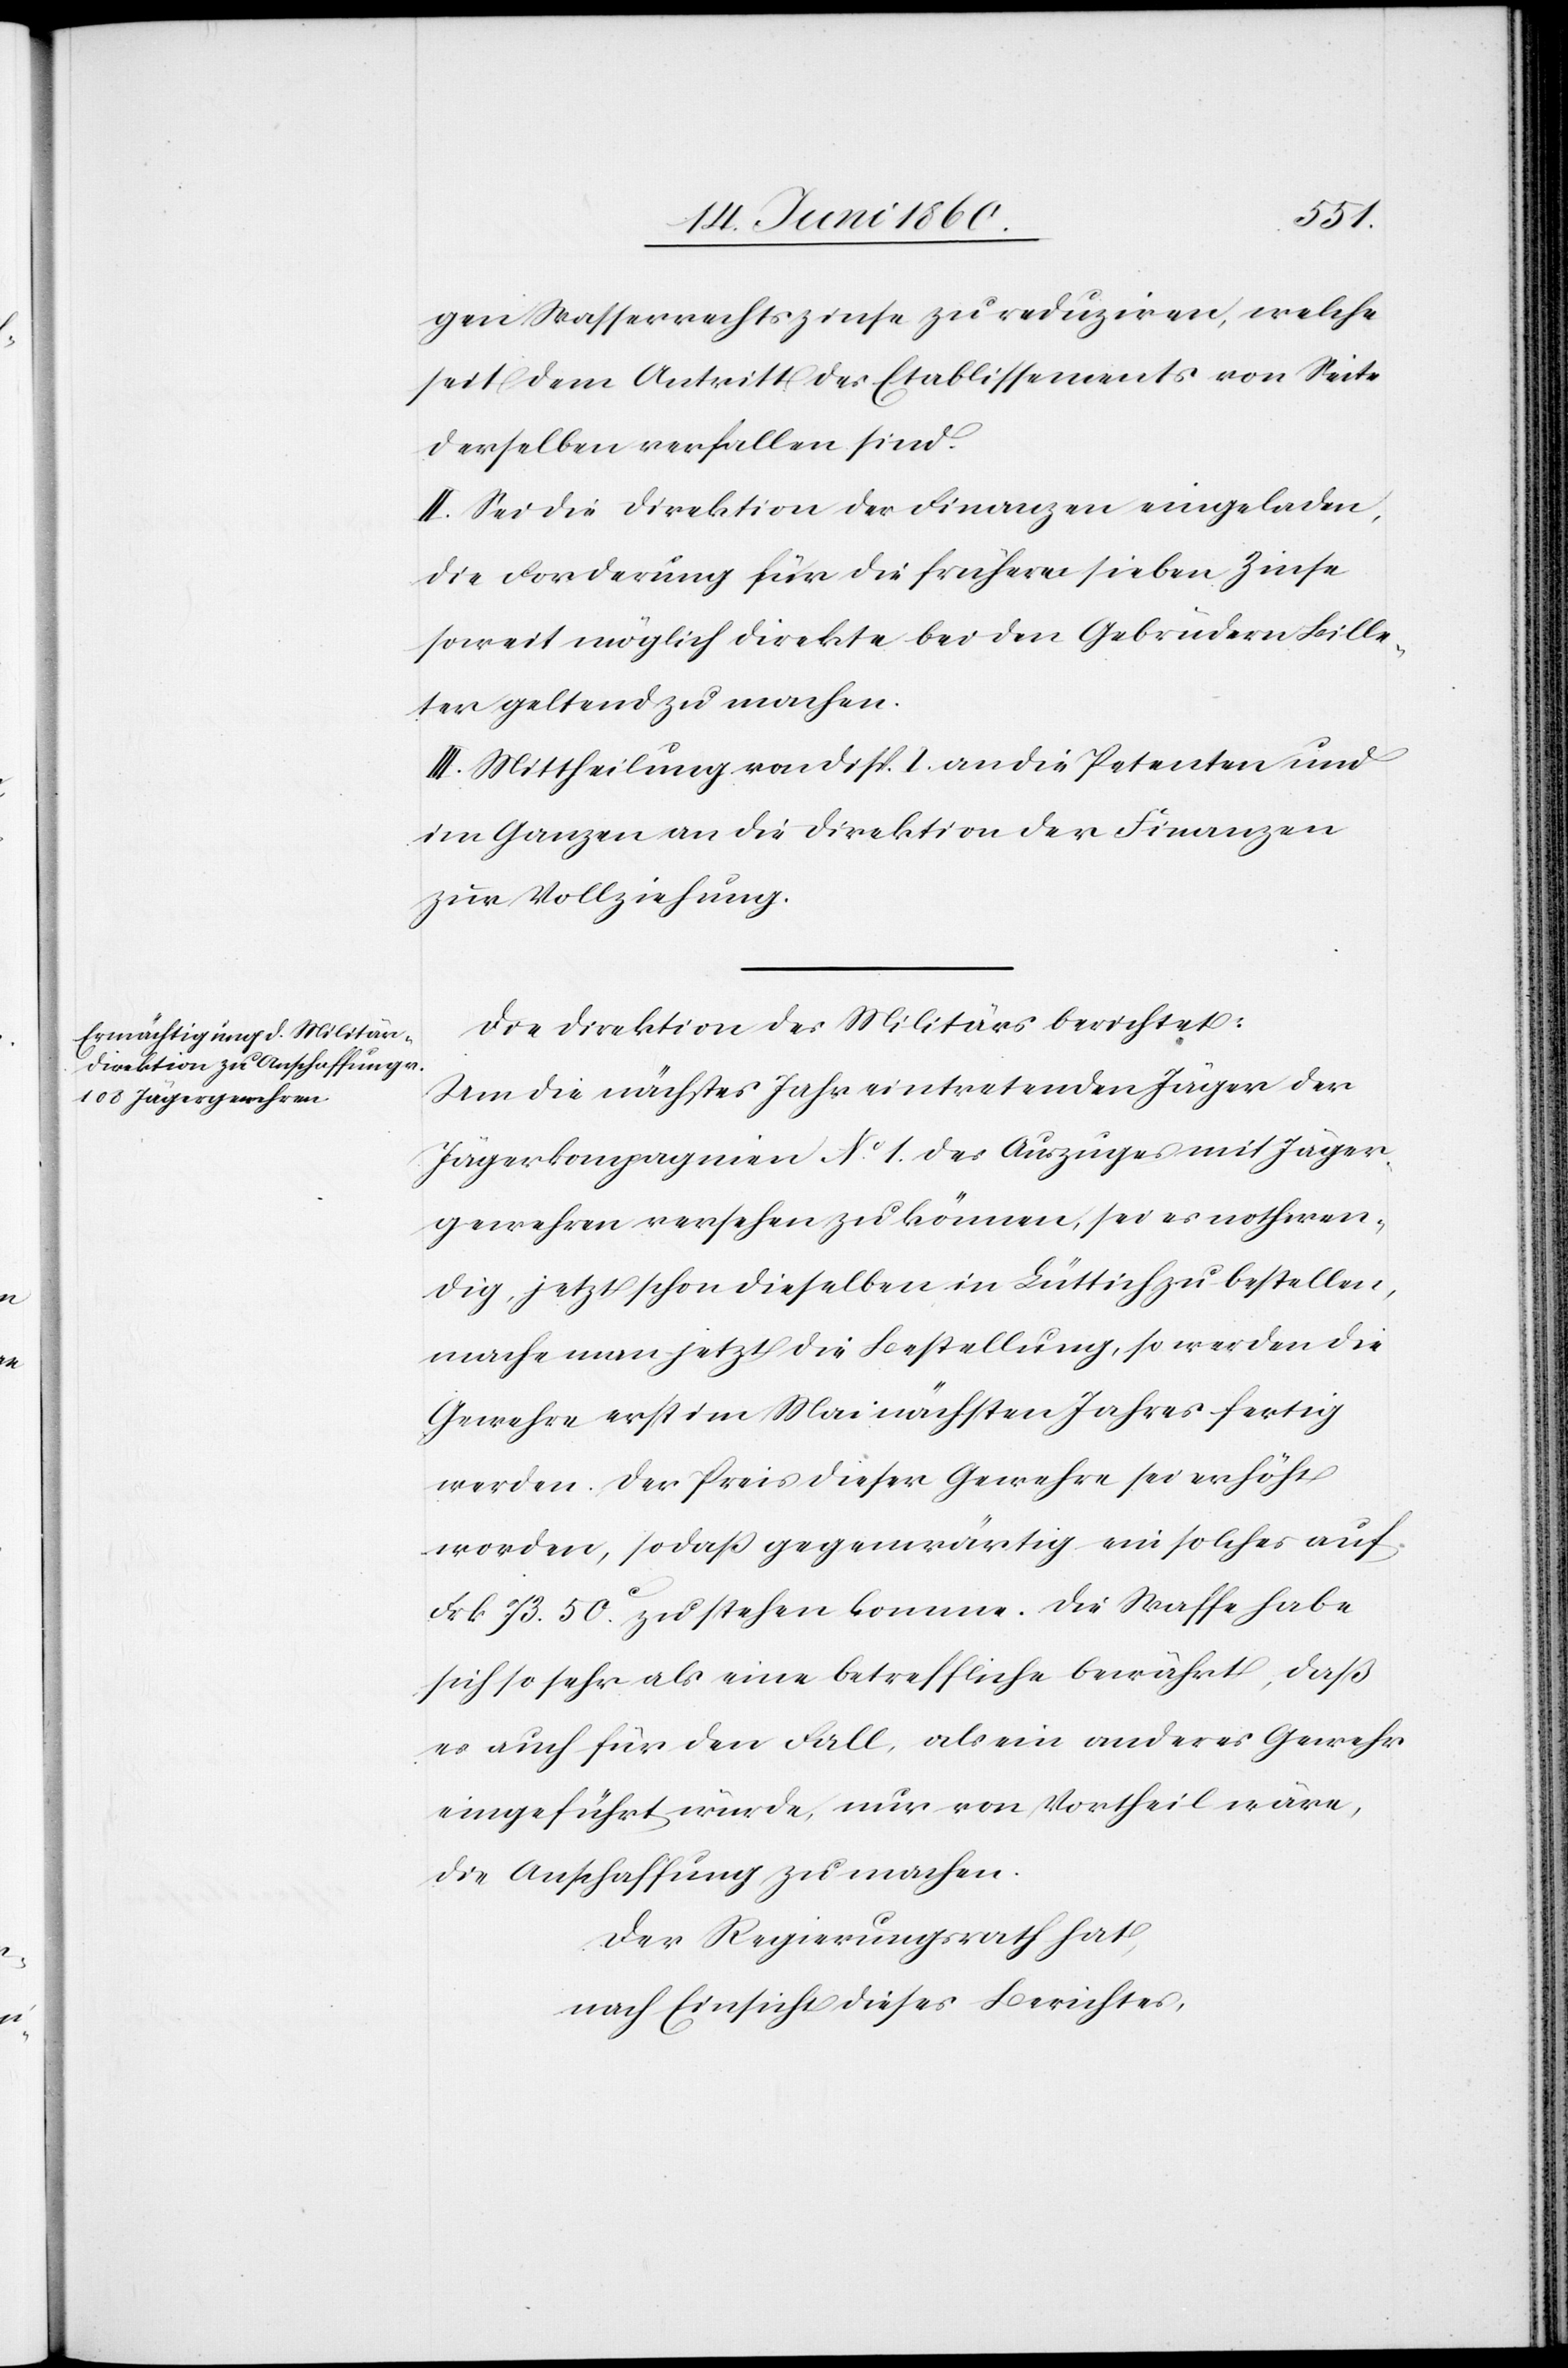
gen Wasserrechtszinse zu reduziren, welche
seit dem Antritt des Etablissements von Seite
derselben verfallen sind.
II. Sei die Direktion der Finanzen eingeladen,
die Forderung für die frühern sieben Zinse
soweit möglich direkte bei den Gebrüdern Bille¬
ter geltend zu machen.
III. Mittheilung von Disp. I. an die Petenten und
im Ganzen an die Direktion der Finanzen
zur Vollziehung.
Die Direktion des Militärs berichtet:
Um die nächstes Jahr eintretenden Jäger der
Jägerkompagnien No 1 des Auszuges mit Jäger¬
gewehren versehen zu können, sei es nothwen¬
dig, jetzt schon dieselben in Lüttich zu bestellen,
mache man jetzt die Bestellung, so werden die
Gewehre erst im Mai nächsten Jahres fertig
werden. Der Preis dieser Gewehre sei erhöht
worden, so dass gegenwärtig ein solches auf
Frk. 73 50C zu stehen komme. Die Waffe habe
sich so sehr als eine betreffliche bewährt, daß
es auch für den Fall, als ein anderes Gewehr
eingeführt würde, nur von Vortheil wäre,
die Anschaffung zu machen.
Der Regierungsrath hat,
nach Einsicht dieses Berichtes,